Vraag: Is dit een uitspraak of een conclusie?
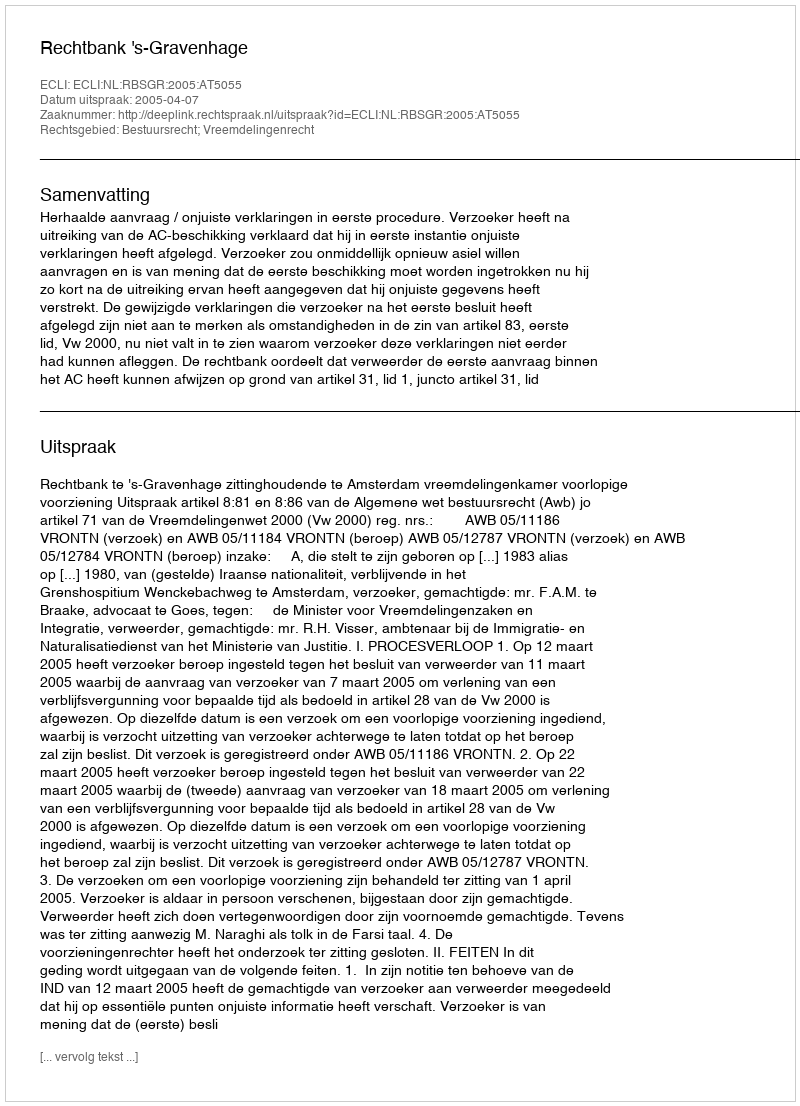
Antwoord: Uitspraak